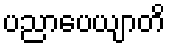
ပညာပေယျာတိ